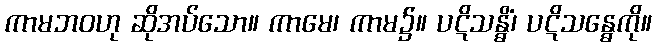
ကာမဘဝဟု ဆိုအပ်သော။ ကာမေ၊ ကာမ၌။ ပဋိသန္ဓိံ၊ ပဋိသန္ဓေကို။